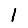
Digit: 1